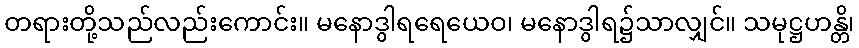
တရားတို့သည်လည်းကောင်း။ မနောဒွါရရေယေဝ၊ မနောဒွါရ၌သာလျှင်။ သမုဋ္ဌဟန္တိ၊